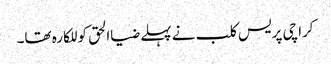
کراچی پریس کلب نے پہلے ضیاالحق کو للکارہ تھا۔